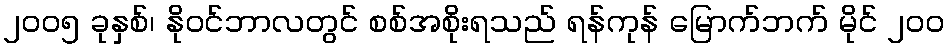
၂၀၀၅ ခုနှစ်၊ နိုဝင်ဘာလတွင် စစ်အစိုးရသည် ရန်ကုန် မြောက်ဘက် မိုင် ၂၀၀